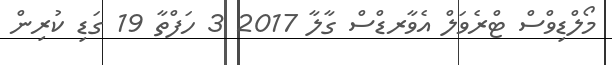
މޯލްޑިވްސް ޓްރެވަލް އެވާރޑްސް ގާލާ 2017 3 ހަފްތާ 19 ގަޑި ކުރިން